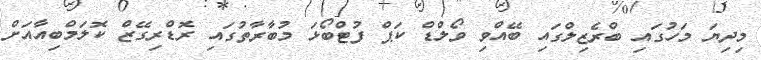
މިދިޔަ މަހުގައި ބްރެޒިލްގައި ބޭއްވި ވޯލްޑް ކަޕް ފުޓްބޯޅަ މުބާރާތުގައި ރޮޑްރިގޭޒް ކޮލަމްބިއާއަށް